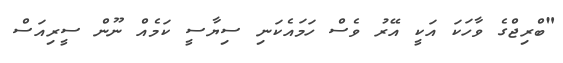
"ބްރިޖްގެ ވާހަކަ އަކީ އޭރު ވެސް ހަމައެކަނި ސިޔާސީ ކަމެއް ނޫން ސީރިއަސް